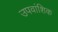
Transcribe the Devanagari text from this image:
उपवांशिक